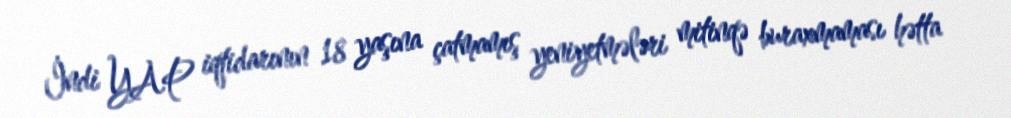
İndi YAP iqtidarının 18 yaşına çatmamış yeniyetmələri mitinqə buraxmaması hətta